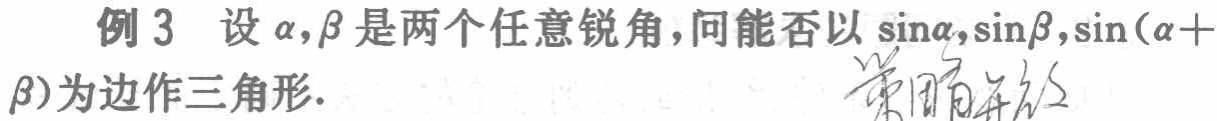
例 3 设\(\alpha,\beta\)是两个任意锐角，问能否以\(\sin\alpha,\sin\beta,\sin(\alpha +\beta)\)为边作三角形.